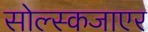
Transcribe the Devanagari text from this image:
सोल्स्कजाएर